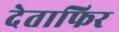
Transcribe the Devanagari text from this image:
देताफिर